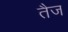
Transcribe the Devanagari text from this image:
तैज